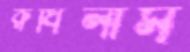
রুধিলাম